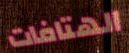
الهتافات